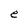
Character: e